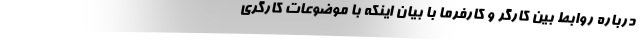
درباره روابط بین کارگر و کارفرما با بیان اینکه با موضوعات کارگری